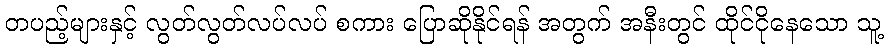
တပည့်များနှင့် လွတ်လွတ်လပ်လပ် စကား ပြောဆိုနိုင်ရန် အတွက် အနီးတွင် ထိုင်ငိုနေသော သူ့